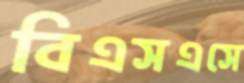
বিএসএসে